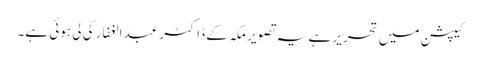
کیپشن میں تحریر ہے یہ تصویر مکہ کے ڈاکٹر عبدالغفار کی لی ہوئی ہے۔